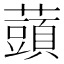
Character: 䕱